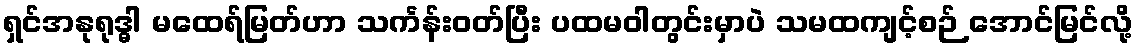
ရှင်အနုရုဒ္ဓါ မထေရ်မြတ်ဟာ သင်္ကန်းဝတ်ပြီး ပထမဝါတွင်းမှာပဲ သမထကျင့်စဉ် အောင်မြင်လို့